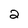
Character: 2